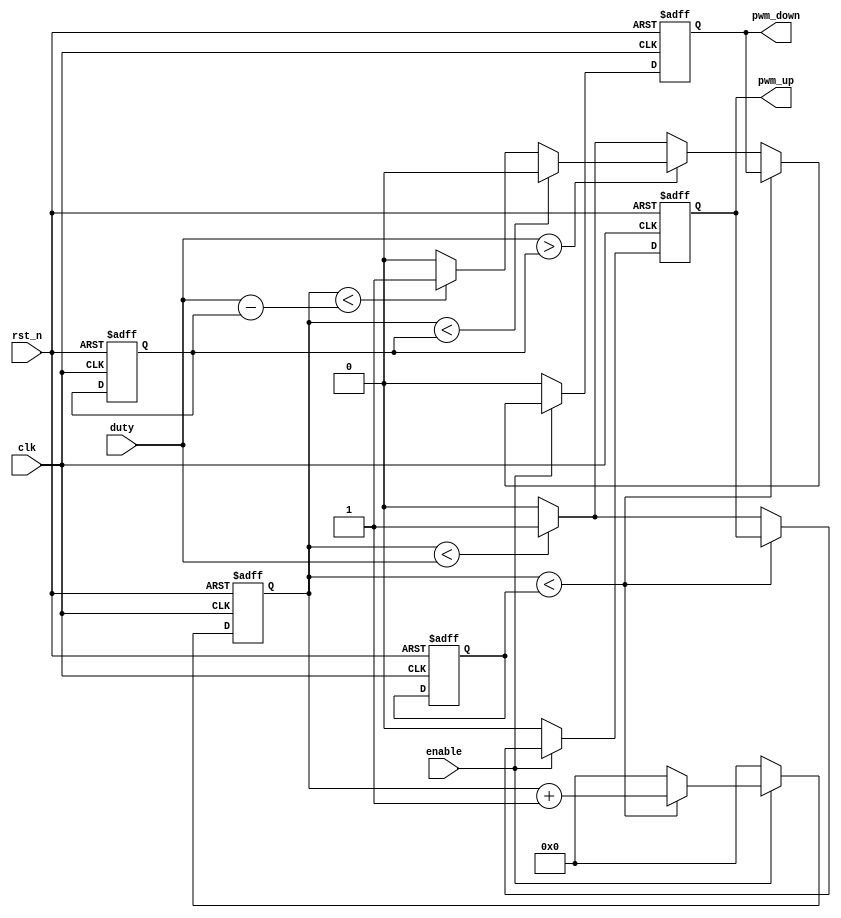
module pwm_counter_DB(clk,rst_n,enable,duty,pwm_up,pwm_down); 
input clk,rst_n,enable; 
output pwm_up,pwm_down; 
input [31:0]duty;
reg pwm_up,pwm_down; 
reg [31:0]period; 
reg [31:0]counter;
reg [31:0]deadtime; 
always@(posedge clk or negedge rst_n)
begin
if(!rst_n)
	begin
	pwm_up<=1'b0; 
	pwm_down<=1'b0;
	counter<=32'h0; 
	//duty<=16'h7fff;
	period<=32'd500;
	deadtime<=32'd20;
	end
else
	begin
		if(enable==1'b1)
			begin	    
				if(counter<period)
					counter<=counter+32'b1; 
				else
				begin
					counter<=32'h0; 
					if(duty>deadtime)
						begin
							if(counter<duty) 
								pwm_up<=1'b1;
							else 
								pwm_up<=1'b0; 				
							if(counter<deadtime) 
								pwm_down<=1'b0;
							else if(counter<(duty-deadtime))
								pwm_down<=1'b1;
							else
								pwm_down<=1'b0;
						end	
					else
						begin
						if(counter<duty) 
							begin
							pwm_up<=1'b1;
							pwm_down<=1'b1;						
							end
						else 
							begin
							pwm_up<=1'b0;
							pwm_down<=1'b0;						
							end 
						end
				end				
			end//end enable
		else
			begin
			counter<=32'h0;
			pwm_up<=1'b0;  
			pwm_down<=1'b0;
			end
		
	end	//if reset
end
endmodule